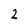
Character: 2